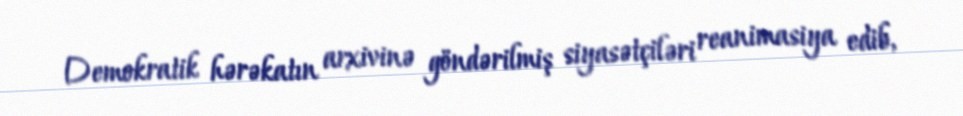
Demokratik hərəkatın arxivinə göndərilmiş siyasətçiləri reanimasiya edib,